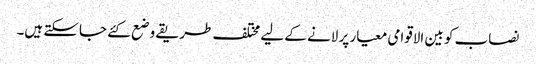
نصاب کو بین الاقوامی معیار پر لانے کے لیے مختلف طریقے وضع کئے جاسکتے ہیں۔